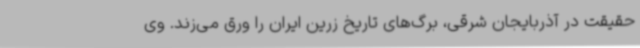
حقیقت در آذربایجان شرقی، برگ‌های تاریخ زرین ایران را ورق می‌زند. وی